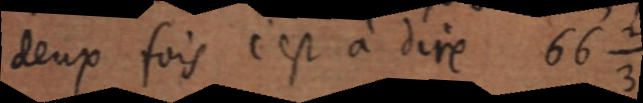
deux fois c’est à dire 66 ⅔